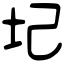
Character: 圮